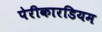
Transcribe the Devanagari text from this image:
पेरीकारडियम